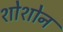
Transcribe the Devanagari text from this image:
शोशोन